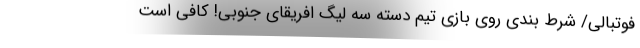
فوتبالی/ شرط بندی روی بازی تیم دسته سه لیگ افریقای جنوبی! کافی است